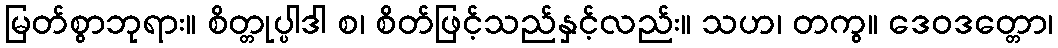
မြတ်စွာဘုရား။ စိတ္တုပ္ပါဒါ စ၊ စိတ်ဖြင့်သည်နှင့်လည်း။ သဟ၊ တကွ။ ဒေဝဒတ္တော၊